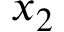
x _ { 2 }